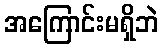
အကြောင်းမရှိဘဲ